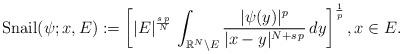
LaTeX: \begin{align*}\mathrm{Snail}(\psi;x,E):=\left[|E|^\frac{s\,p}{N}\,\int_{\mathbb{R}^N\setminus E}\frac{|\psi(y)|^{p}}{|x-y|^{N+s\,p}}\,dy\right]^\frac{1}{p},x\in E.\end{align*}